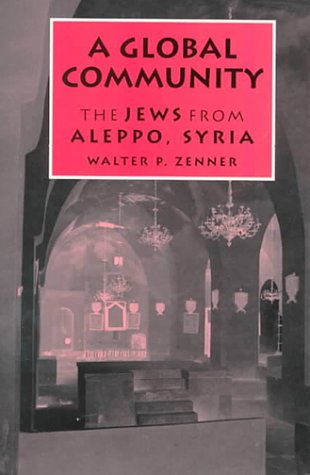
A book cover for A Global Community: The Jews from Aleppo, Syria (Raphael Patai Series in Jewish Folklore and Anthropology); Walter P. Zenner; History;